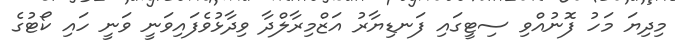
މިދިޔަ މަހު ފޮނުއްވި ސިޓީގައި ފަނޑިޔާރު އަޒްމިރާލްދާ ވިދާޅުވެފައިވަނީ ވަނީ ހައި ކޯޓުގެ